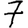
Digit: 7